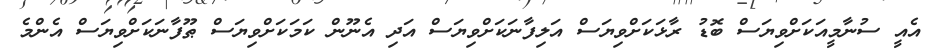
އެއީ ސުނާމީއަކަށްވިޔަސް ބޮޑު ރާޅަކަށްވިޔަސް އަލިފާނަކަށްވިޔަސް އަދި އެނޫން ކަމަކަށްވިޔަސް ޠޫފާނަކަށްވިޔަސް އެންމެ